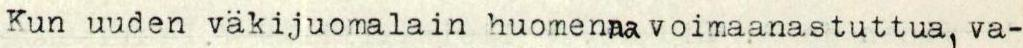
Kun uuden väkijuomalain huomenna voimaanastuttua, va-